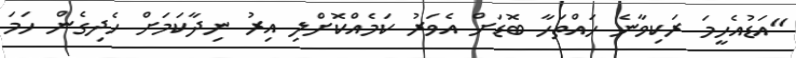
"އަޑުއެހީމަ ރަކިވާނެ ހައްތަހާ ބޮޑަށް އެވަރު ކަމެއްކޮށްލި އިރު ނިދާކަމަށް ހެދިގެން ހަމަ